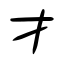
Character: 才